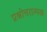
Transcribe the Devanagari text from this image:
प्रश्नोत्तरात्मक